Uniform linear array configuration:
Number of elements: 16
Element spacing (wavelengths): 0.5
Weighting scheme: exponential
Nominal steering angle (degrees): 60
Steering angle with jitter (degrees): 59.222
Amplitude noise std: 0.05
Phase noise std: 0.05

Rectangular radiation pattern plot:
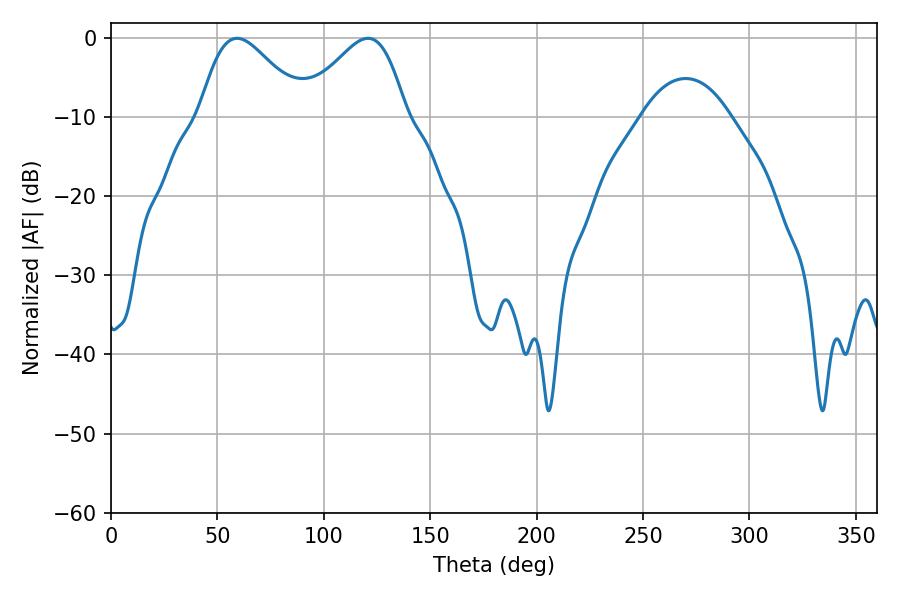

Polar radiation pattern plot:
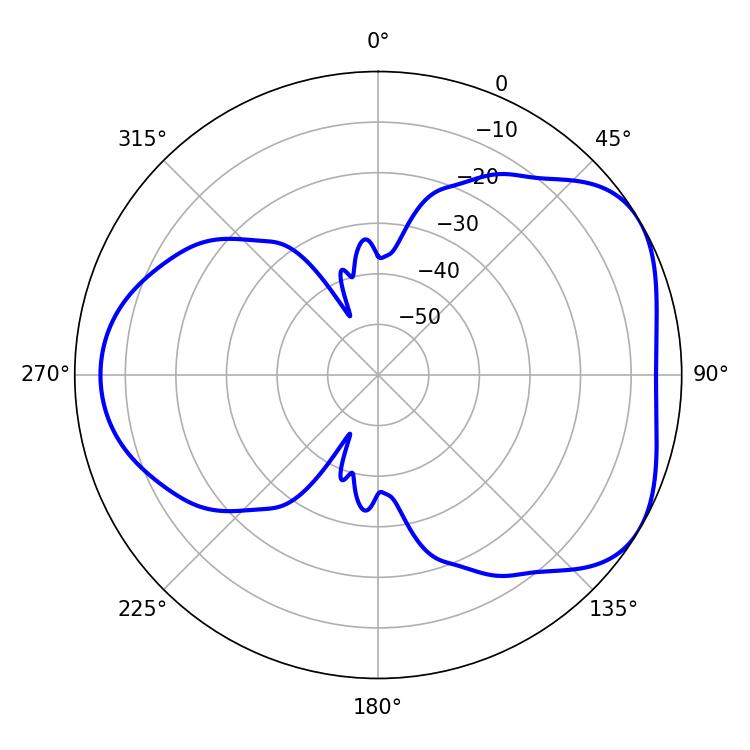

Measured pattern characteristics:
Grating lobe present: FALSE
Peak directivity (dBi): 4.549
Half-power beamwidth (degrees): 26.1
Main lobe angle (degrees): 59.22